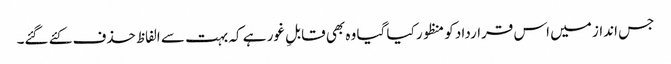
جس انداز میں اس قرارداد کو منظور کیا گیا وہ بھی قابلِ غور ہے کہ بہت سے الفاظ حذف کئے گئے۔